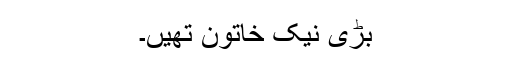
بڑی نیک خاتون تھیں۔